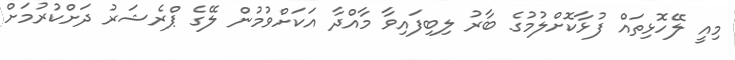
މިއީ ލޭހޮޅިތައް ފުޅާކޮށްލުމުގެ ބާރު ލިބިފައިވާ މާއްދާ އަކަށްވުމުން ލޭގެ ޕްރެޝަރު ދަށްކުރުމަށް